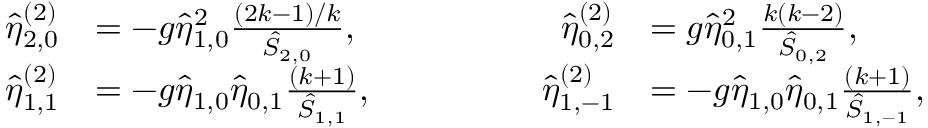
\begin{array} { r l r l } { \hat { \eta } _ { 2 , 0 } ^ { ( 2 ) } } & { = - g \hat { \eta } _ { 1 , 0 } ^ { 2 } \frac { ( 2 k - 1 ) / k } { \hat { S } _ { 2 , 0 } } , \qquad \qquad } & { \hat { \eta } _ { 0 , 2 } ^ { ( 2 ) } } & { = g \hat { \eta } _ { 0 , 1 } ^ { 2 } \frac { k ( k - 2 ) } { \hat { S } _ { 0 , 2 } } , } \\ { \hat { \eta } _ { 1 , 1 } ^ { ( 2 ) } } & { = - g \hat { \eta } _ { 1 , 0 } \hat { \eta } _ { 0 , 1 } \frac { ( k + 1 ) } { \hat { S } _ { 1 , 1 } } , \qquad \qquad } & { \hat { \eta } _ { 1 , - 1 } ^ { ( 2 ) } } & { = - g \hat { \eta } _ { 1 , 0 } \hat { \eta } _ { 0 , 1 } \frac { ( k + 1 ) } { \hat { S } _ { 1 , - 1 } } , } \end{array}